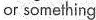
or something